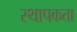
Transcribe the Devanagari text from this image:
स्थापकता